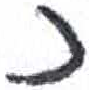
אות: כ